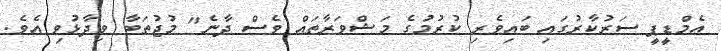
އެމްޑީޕީ ސަރުކާރުގައި ބައިވެރި ކުރުމުގެ މަޝްވަރާތައް ވެސް ދާނެ" މުޖުތަބާ ވިދާޅުވި އެވެ.